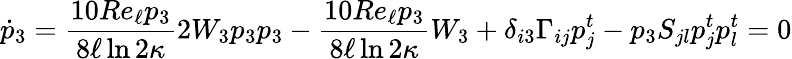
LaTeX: \dot{p}_{3}=\frac{10Re_{\ell}p_{3}}{8\ell\ln{2\kappa}}2W_{3}p_{3}p_{3}-\frac{10Re_{\ell}p_{3}}{8\ell\ln{2\kappa}}W_{3}+\delta_{i3}\Gamma_{ij}p_{j}^{t}-p_{3}S_{jl}p_{j}^{t}p_{l}^{t}=0